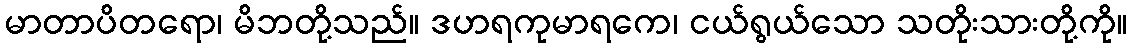
မာတာပိတရော၊ မိဘတို့သည်။ ဒဟရကုမာရကေ၊ ငယ်ရွယ်သော သတိုးသားတို့ကို။